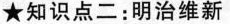
★知识点二：明治维新